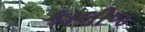
કાલીજ